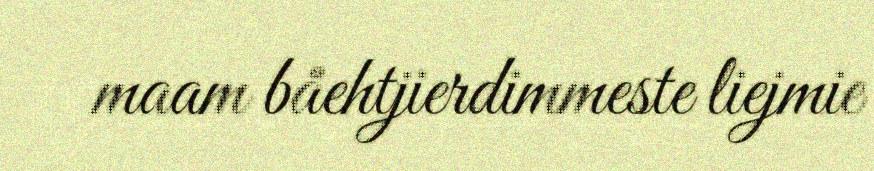
maam båehtjierdimmeste liejmie